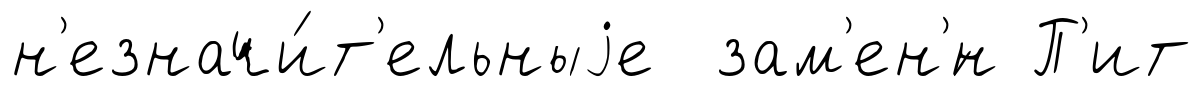
н'езначи́т'ельныjе зам'ен'́н П'ит